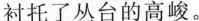
衬托了丛台的高峻。